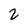
Character: 2